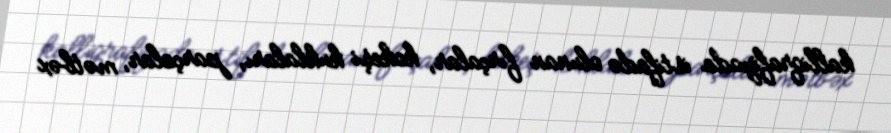
kalliqrafiyada istifadə olunan fırçalar, kokeşi kuklaları, parçalar, mətbəx